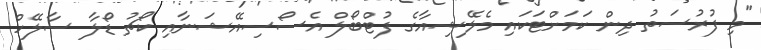
"މި ފުރުސަތު ދިން ކަމަށްޓަކައި މެލޭޝިއާގެ ފުޓްބޯލް އެސޯސިއޭޝަނާއި ކޯޗު ޑޯލާ ސާލޭހް